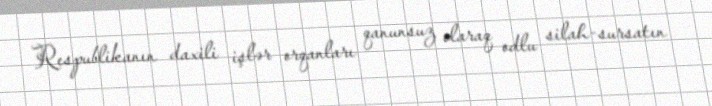
Respublikanın daxili işlər orqanları qanunsuz olaraq odlu silah-sursatın